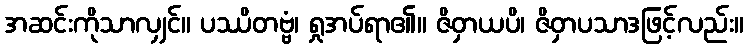
အဆင်းကိုသာလျှင်။ ပဿိတဗ္ဗံ၊ ရှုအပ်ရာ၏။ ဇိဝှာယပိ၊ ဇိဝှာပသာဒဖြင့်လည်း။